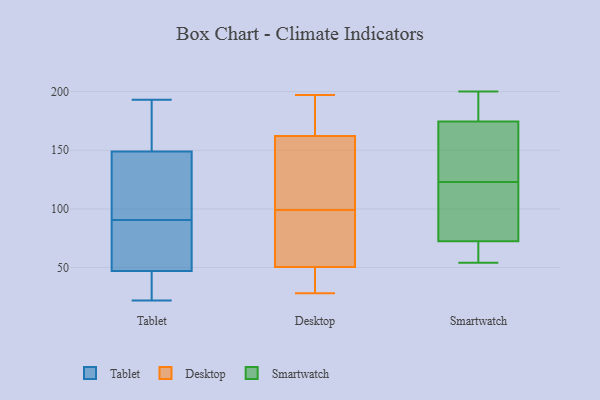
{"axis": {"x": "Backlog", "y": "Value"}, "legend": ["Desktop", "Smartwatch", "Tablet"], "data": [{"x": "", "y": 55, "type": "Tablet"}, {"x": "", "y": 153, "type": "Tablet"}, {"x": "", "y": 193, "type": "Tablet"}, {"x": "", "y": 39, "type": "Tablet"}, {"x": "", "y": 77, "type": "Tablet"}, {"x": "", "y": 104, "type": "Tablet"}, {"x": "", "y": 41, "type": "Tablet"}, {"x": "", "y": 151, "type": "Tablet"}, {"x": "", "y": 147, "type": "Tablet"}, {"x": "", "y": 53, "type": "Tablet"}, {"x": "", "y": 22, "type": "Tablet"}, {"x": "", "y": 121, "type": "Tablet"}, {"x": "", "y": 39, "type": "Desktop"}, {"x": "", "y": 160, "type": "Desktop"}, {"x": "", "y": 28, "type": "Desktop"}, {"x": "", "y": 143, "type": "Desktop"}, {"x": "", "y": 82, "type": "Desktop"}, {"x": "", "y": 197, "type": "Desktop"}, {"x": "", "y": 180, "type": "Desktop"}, {"x": "", "y": 60, "type": "Desktop"}, {"x": "", "y": 136, "type": "Desktop"}, {"x": "", "y": 190, "type": "Desktop"}, {"x": "", "y": 92, "type": "Desktop"}, {"x": "", "y": 40, "type": "Desktop"}, {"x": "", "y": 35, "type": "Desktop"}, {"x": "", "y": 156, "type": "Desktop"}, {"x": "", "y": 169, "type": "Desktop"}, {"x": "", "y": 99, "type": "Desktop"}, {"x": "", "y": 54, "type": "Desktop"}, {"x": "", "y": 66, "type": "Smartwatch"}, {"x": "", "y": 123, "type": "Smartwatch"}, {"x": "", "y": 177, "type": "Smartwatch"}, {"x": "", "y": 54, "type": "Smartwatch"}, {"x": "", "y": 194, "type": "Smartwatch"}, {"x": "", "y": 178, "type": "Smartwatch"}, {"x": "", "y": 115, "type": "Smartwatch"}, {"x": "", "y": 178, "type": "Smartwatch"}, {"x": "", "y": 54, "type": "Smartwatch"}, {"x": "", "y": 55, "type": "Smartwatch"}, {"x": "", "y": 80, "type": "Smartwatch"}, {"x": "", "y": 126, "type": "Smartwatch"}, {"x": "", "y": 200, "type": "Smartwatch"}, {"x": "", "y": 80, "type": "Smartwatch"}, {"x": "", "y": 139, "type": "Smartwatch"}, {"x": "", "y": 70, "type": "Smartwatch"}, {"x": "", "y": 119, "type": "Smartwatch"}, {"x": "", "y": 125, "type": "Smartwatch"}, {"x": "", "y": 167, "type": "Smartwatch"}]}